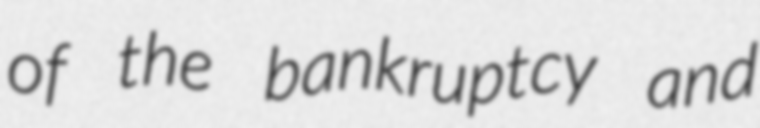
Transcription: of the bankruptcy and